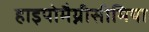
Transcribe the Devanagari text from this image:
हाइपोमैग्नीसीमिया